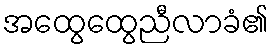
အထွေထွေညီလာခံ၏